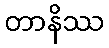
တာနိဿ